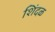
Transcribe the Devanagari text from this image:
शिंदळ